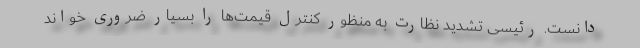
دانست. رئیسی تشدید نظارت به منظور کنترل قیمت‌ها را بسیار ضروری خواند